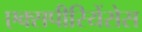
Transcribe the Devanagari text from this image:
एक्सपीरियेंसेस